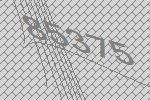
85375